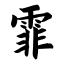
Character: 霏